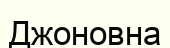
Джоновна